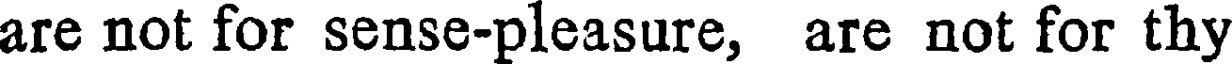
are not for sense-pleasure, are not for thy